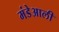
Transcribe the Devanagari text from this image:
मंडेआली